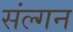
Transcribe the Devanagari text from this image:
संल्गन